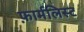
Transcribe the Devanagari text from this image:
फ़ार्मलिस्ट